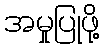
အမှုပြုဖို့